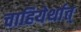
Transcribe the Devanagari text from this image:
चाहियेर्थात्